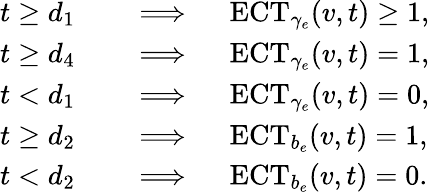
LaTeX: \begin{array}{rl}{t\geq d_{1}\quad}&{\implies\quad\mathrm{ECT}_{\gamma_{e}}(v,t)\geq 1,}\\ {t\geq d_{4}\quad}&{\implies\quad\mathrm{ECT}_{\gamma_{e}}(v,t)=1,}\\ {t<d_{1}\quad}&{\implies\quad\mathrm{ECT}_{\gamma_{e}}(v,t)=0,}\\ {t\geq d_{2}\quad}&{\implies\quad\mathrm{ECT}_{b_{e}}(v,t)=1,}\\ {t<d_{2}\quad}&{\implies\quad\mathrm{ECT}_{b_{e}}(v,t)=0.}\end{array}